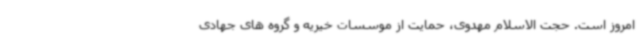
امروز است. حجت الاسلام مهدوی، حمایت از موسسات خیریه و گروه های جهادی